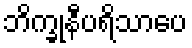
ဘိက္ခုနီပရိသာပေ